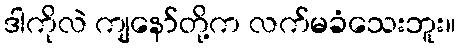
ဒါကိုလဲ ကျနော်တို့က လက်မခံသေးဘူး။